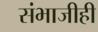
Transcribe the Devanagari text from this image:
संभाजीही